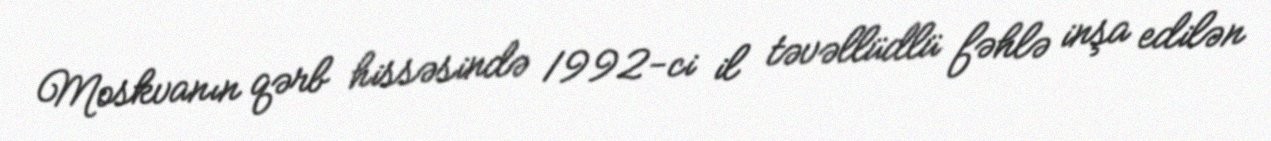
Moskvanın qərb hissəsində 1992-ci il təvəllüdlü fəhlə inşa edilən